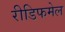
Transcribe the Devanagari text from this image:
रीडिफमेल